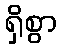
ရှိစွာ